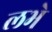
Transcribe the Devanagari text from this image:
लभे